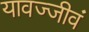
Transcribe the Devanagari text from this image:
यावज्जीवं